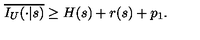
\overline { { I _ { U } ( \cdot | s ) } } \geq H ( s ) + r ( s ) + p _ { 1 } .